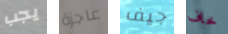
يجب عاجزة جيف خاف